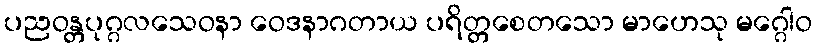
ပညဝန္တပုဂ္ဂလသေဝနာ ဝေဒနာဂတာယ ပရိတ္တစေတသော မာဟေသု မဂ္ဂေါဝ